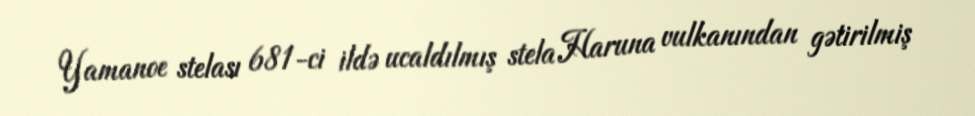
Yamanoe stelası 681-ci ildə ucaldılmış stela Haruna vulkanından gətirilmiş